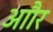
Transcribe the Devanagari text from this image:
आौर